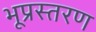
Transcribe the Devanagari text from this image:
भूप्रस्तरण